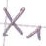
Text: X1